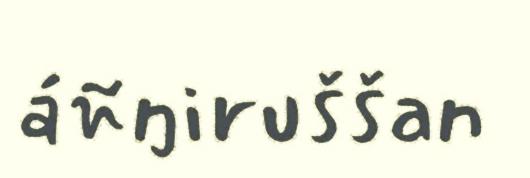
áñŋiruššan